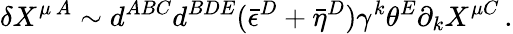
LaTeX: \delta X^{\mu\, A}\sim d^{ABC}d^{BDE}(\bar{\epsilon}^{D}+\bar{\eta}^{D})\gamma^{k}\theta^{E}\partial_{k}X^{\mu C}\, .